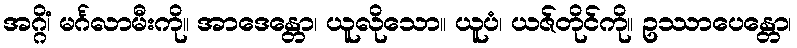
အဂ္ဂိံ၊ မင်္ဂလာမီးကို။ အာဒေန္တော၊ ယူလိုသော။ ယူပံ၊ ယဇ်တိုင်ကို။ ဥဿာပေန္တော၊